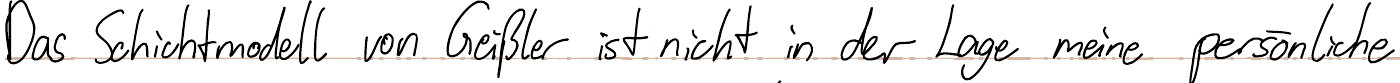
Das Schichtmodell von Geißler ist nicht in der Lage meine persönliche